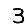
Digit: 3